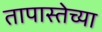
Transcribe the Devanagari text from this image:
तापास्तेच्या